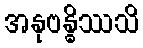
အနုဗန္ဓိဿသိ